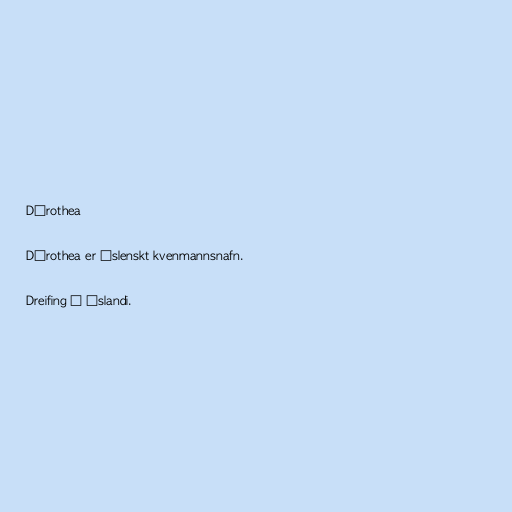
Dórothea

Dórothea er íslenskt kvenmannsnafn.

Dreifing á Íslandi.